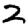
Digit: 2